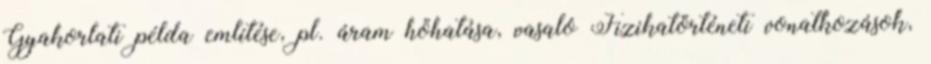
Gyakorlati példa említése, pl. áram hőhatása, vasaló Fizikatörténeti vonatkozások,